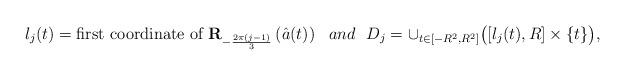
LaTeX: \begin{align*}l_j(t)=\mbox{first coordinate of }{\bf R}_{-\frac{2\pi(j-1)}{3}}\left(\hat a(t)\right)\ \ and \ \ D_j =\cup_{t\in [-R^2,R^2]} \big([l_j(t),R]\times\{t\}\big),\end{align*}